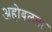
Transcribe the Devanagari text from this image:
अहोबलना